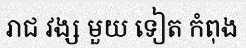
រាជ វង្ស មួយ ទៀត កំពុង